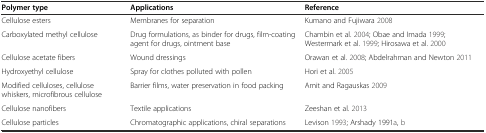
| Polymer type | Applications | Reference |
 | --- | --- | --- |
 | Cellulose esters | Membranes for separation | Kumano and Fujiwara 2008 |
 | Carboxylated methyl cellulose | Drug formulations, as binder for drugs, film-coating agent for drugs, ointment base | Chambin et al. 2004; Obae and Imada 1999; Westermark et al. 1999; Hirosawa et al. 2000 |
 | Cellulose acetate fibers | Wound dressings | Orawan et al. 2008; Abdelrahman and Newton 2011 |
 | Hydroxyethyl cellulose | Spray for clothes polluted with pollen | Hori et al. 2005 |
 | Modified celluloses, cellulose whiskers, microfibrous cellulose | Barrier films, water preservation in food packing | Amit and Ragauskas 2009 |
 | Cellulose nanofibers | Textile applications | Zeeshan et al. 2013 |
 | Cellulose particles | Chromatographic applications, chiral separations | Levison 1993; Arshady 1991a, b |